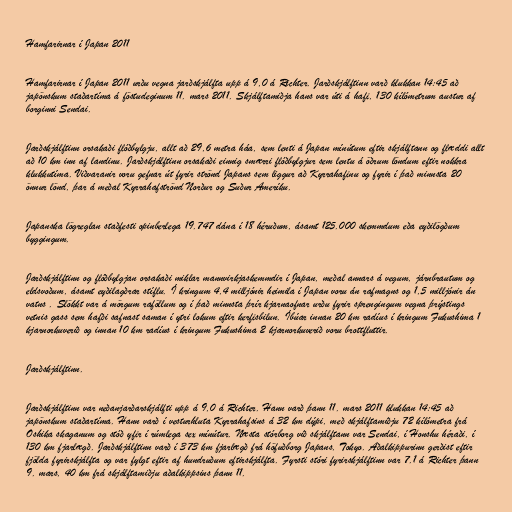
Hamfarirnar í Japan 2011

Hamfarirnar í Japan 2011 urðu vegna jarðskjálfta upp á 9,0 á Richter. Jarðskjálftinn varð klukkan 14:45 að
japönskum staðartíma á föstudeginum 11. mars 2011. Skjálftamiðja hans var úti á hafi, 130 kílómetrum austur af
borginni Sendai.

Jarðskjálftinn orsakaði flóðbylgju, allt að 29,6 metra háa, sem lenti á Japan mínútum eftir skjálftann og flæddi allt
að 10 km inn af landinu. Jarðskjálftinn orsakaði einnig smærri flóðbylgjur sem lentu á öðrum löndum eftir nokkra
klukkutíma. Viðvaranir voru gefnar út fyrir strönd Japans sem liggur að Kyrrahafinu og fyrir í það minnsta 20
önnur lönd, þar á meðal Kyrrahafströnd Norður og Suður Ameríku.

Japanska lögreglan staðfesti opinberlega 19.747 dána í 18 héruðum, ásamt 125.000 skemmdum eða eyðilögðum
byggingum.

Jarðskjálftinn og flóðbylgjan orsakaði miklar mannvirkjaskemmdir í Japan, meðal annars á vegum, járnbrautum og
eldsvoðum, ásamt eyðilagðrar stíflu. Í kringum 4,4 milljónir heimila í Japan voru án rafmagns og 1,5 milljónir án
vatns . Slökkt var á mörgum raföllum og í það minnsta þrír kjarnaofnar urðu fyrir sprengingum vegna þrýstings
vetnis gass sem hafði safnast saman í ytri lokum eftir kerfisbilun. Íbúar innan 20 km radíus í kringum Fukushima 1
kjarnorkuverið og innan 10 km radíus í kringum Fukushima 2 kjarnorkuverið voru brottfluttir.

Jarðskjálftinn.

Jarðskjálftinn var neðanjarðarskjálfti upp á 9,0 á Richter. Hann varð þann 11. mars 2011 klukkan 14:45 að
japönskum staðartíma. Hann varð í vesturhluta Kyrrahafsins á 32 km dýpi, með skjálftamiðju 72 kílómetra frá
Oshika skaganum og stóð yfir í rúmlega sex mínútur. Næsta stórborg við skjálftann var Sendai, í Honshu héraði, í
130 km fjarlægð. Jarðskjálftinn varð í 373 km fjarlægð frá höfuðborg Japans, Tokyo. Aðalkippurinn gerðist eftir
fjölda fyrirskjálfta og var fylgt eftir af hundruðum eftirskjálfta. Fyrsti stóri fyrirskjálftinn var 7.1 á Richter þann
9. mars, 40 km frá skjálftamiðju aðalkippsins þann 11.